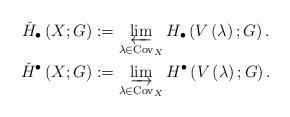
LaTeX: \begin{align*}\check{H}_{\bullet}\left(X;G\right) & :=\varprojlim_{\lambda\in\mathrm{Cov}_{X}}H_{\bullet}\left(V\left(\lambda\right);G\right).\\\check{H}^{\bullet}\left(X;G\right) & :=\varinjlim_{\lambda\in\mathrm{Cov}_{X}}H^{\bullet}\left(V\left(\lambda\right);G\right).\end{align*}